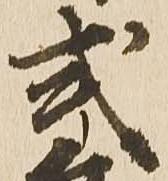
式